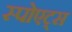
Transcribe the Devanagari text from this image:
स्पोएट्स